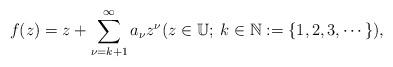
LaTeX: \begin{align*}f(z)= z + \sum_{\nu=k+1}^{\infty} a_{\nu} z^{\nu} (z\in\mathbb{U};\; k \in \mathbb{N}:= \{1,2,3,\cdots\}),\end{align*}